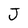
Character: J